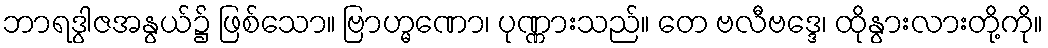
ဘာရဒွါဇအနွယ်၌ ဖြစ်သော။ ဗြာဟ္မဏော၊ ပုဏ္ဏားသည်။ တေ ဗလီဗဒ္ဒေ၊ ထိုနွားလားတို့ကို။